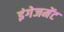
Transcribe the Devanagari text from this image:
इंगेजमेंट